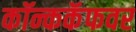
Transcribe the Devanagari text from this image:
कॉन्ककॅफवर